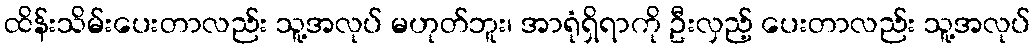
ထိန်းသိမ်းပေးတာလည်း သူ့အလုပ် မဟုတ်ဘူး၊ အာရုံရှိရာကို ဦးလှည့် ပေးတာလည်း သူ့အလုပ်